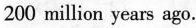
200 million years ago.